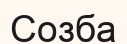
Созба